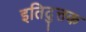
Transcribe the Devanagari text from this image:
इतिदुत्तक